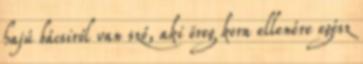
hajú bácsiról van szó, aki öreg kora ellenére egész